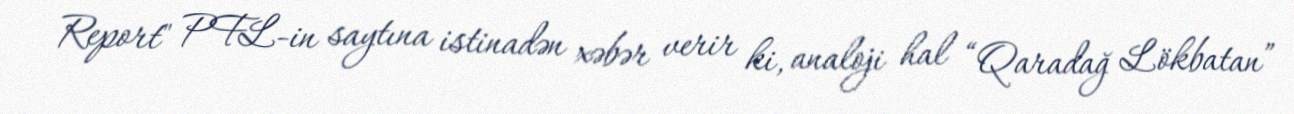
Report" PFL-in saytına istinadən xəbər verir ki, analoji hal “Qaradağ Lökbatan”